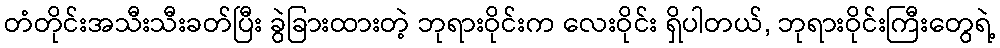
တံတိုင်းအသီးသီးခတ်ပြီး ခွဲခြားထားတဲ့ ဘုရားဝိုင်းက လေးဝိုင်း ရှိပါတယ်, ဘုရားဝိုင်းကြီးတွေရဲ့